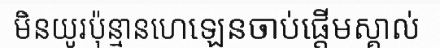
មិនយូរប៉ុន្មានហេឡេនចាប់ផ្តើមស្គាល់